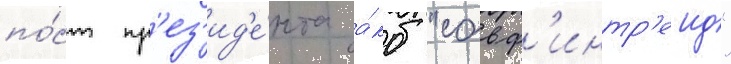
по́ст пр'ез'ид'е́нта а́кб "совф'интр'еид"